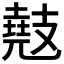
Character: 𫾤